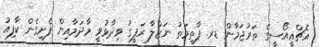
އެޗްއީއޯސީގެ ތަރުޖަމާން ޑރ. ފާތިމަތު ނަޒްލާ ރަފީގު ވިދާޅުވީ މާދަމާއިން ފެށިގެން ކާފިއު